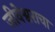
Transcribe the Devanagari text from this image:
जीवेश्वराचा